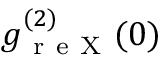
g _ { \mathrm { ~ r ~ e ~ X ~ } } ^ { ( 2 ) } ( 0 )